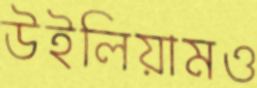
উইলিয়ামও